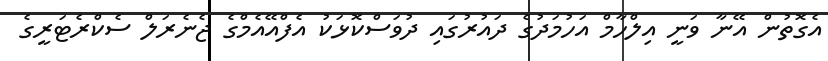
އެގޮތުން އޭނާ ވަނީ އިލްހާމް އަހުމަދުގެ ދައުރުގައި ދުވަސްކޮޅަކު އެފްއޭއެމްގެ ޖެނެރަލް ސެކްރެޓަރީގެ